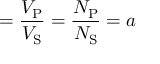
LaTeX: = { \frac { V _ { \mathrm { P } } } { V _ { \mathrm { S } } } } = { \frac { N _ { \mathrm { P } } } { N _ { \mathrm { S } } } } = a